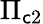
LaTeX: \Pi_{\mathsf{c}2}